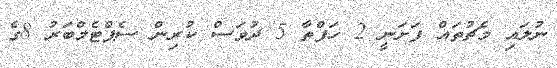
ނުލައި މެޗުތައް ފަށަނީ 2 ހަފްތާ 5 ދުވަސް ކުރިން ސެޕްޓެމްބަރު 8ގެ